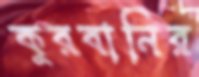
কুরবানির